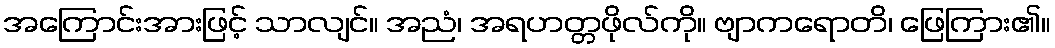
အကြောင်းအားဖြင့် သာလျင်။ အညံ၊ အရဟတ္တဖိုလ်ကို။ ဗျာကရောတိ၊ ဖြေကြား၏။